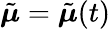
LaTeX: \tilde{\boldsymbol{\mu}}=\tilde{\boldsymbol{\mu}}(t)